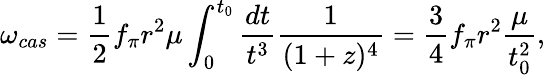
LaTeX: \omega_{cas}=\frac{1}{2}f_{\pi}r^{2}\mu\int_{0}^{t_{0}}\frac{dt}{t^{3}}\frac{1}{(1+z)^{4}}=\frac{3}{4}f_{\pi}r^{2}\frac{\mu}{t_{0}^{2}},